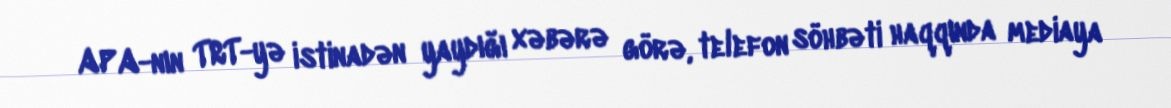
APA-nın TRT-yə istinadən yaydığı xəbərə görə, telefon söhbəti haqqında mediaya